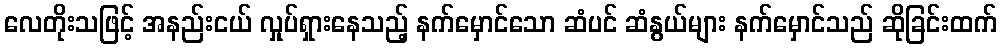
လေတိုးသဖြင့် အနည်းငယ် လှုပ်ရှားနေသည့် နက်မှောင်သော ဆံပင် ဆံနွယ်များ နက်မှောင်သည် ဆိုခြင်းထက်